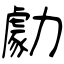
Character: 勮